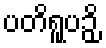
ပတိရူပဉှိ